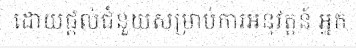
ដោយផ្តល់ជំនួយសម្រាប់ការអនុវត្តន៍ អ្នក